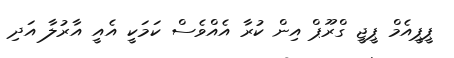
ޕީޕީއެމް ޕީޖީ ގްރޫޕް އިން ކުރާ އެއްވެސް ކަމަކީ އެއީ އާރުލާ އަދި